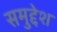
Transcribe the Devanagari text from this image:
समुद्देश